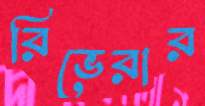
রিভেরার